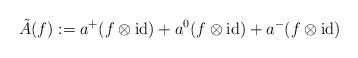
LaTeX: \begin{align*} \tilde A(f):=a^+(f\otimes\operatorname{id})+ a^0(f\otimes\operatorname{id})+a^-(f\otimes\operatorname{id})\end{align*}